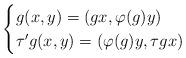
LaTeX: \begin{align*}\begin{cases}g(x,y)=(gx,\varphi(g)y)\\\tau' g(x,y)=(\varphi(g)y, \tau gx)\end{cases}\end{align*}